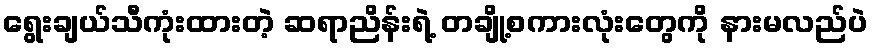
ရွေးချယ်သီကုံးထားတဲ့ ဆရာညိန်းရဲ့ တချို့စကားလုံးတွေကို နားမလည်ပဲ